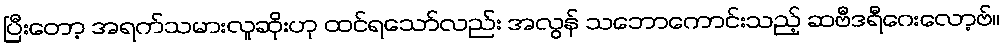
ပြီးတော့ အရက်သမားလူဆိုးဟု ထင်ရသော်လည်း အလွန် သဘောကောင်းသည့် ဆဗီဒရီဂေးလော့ဗ်။